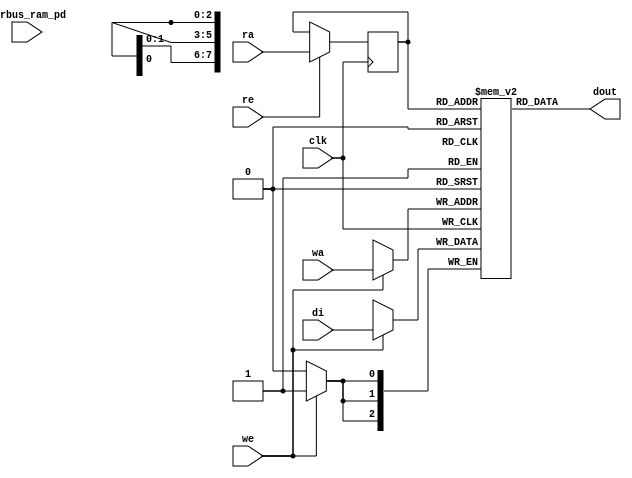
// ================================================================
// NVDLA Open Source Project
//
// Copyright(c) 2016 - 2017 NVIDIA Corporation. Licensed under the
// NVDLA Open Hardware License; Check "LICENSE" which comes with
// this distribution for more information.
// ================================================================
module nv_ram_rws_256x3 (
  clk,
  ra,
  re,
  dout,
  wa,
  we,
  di,
  pwrbus_ram_pd
);
parameter FORCE_CONTENTION_ASSERTION_RESET_ACTIVE=1'b0;
// port list
input clk;
input [7:0] ra;
input re;
output [2:0] dout;
input [7:0] wa;
input we;
input [2:0] di;
input [31:0] pwrbus_ram_pd;
//reg and wire list
reg [7:0] ra_d;
wire [2:0] dout;
reg [2:0] M [255:0];
always @( posedge clk ) begin
    if (we)
       M[wa] <= di;
end
always @( posedge clk ) begin
    if (re)
       ra_d <= ra;
end
assign dout = M[ra_d];
endmodule